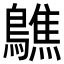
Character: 𪆄